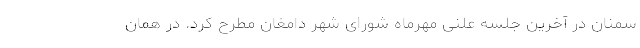
سمنان در آخرین جلسه علنی مهرماه شورای شهر دامغان مطرح کرد. در همان